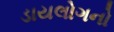
ડાયલોગનો